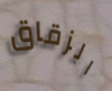
الزقاق